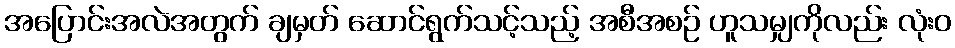
အပြောင်းအလဲအတွက် ချမှတ် ဆောင်ရွက်သင့်သည့် အစီအစဉ် ဟူသမျှကိုလည်း လုံးဝ